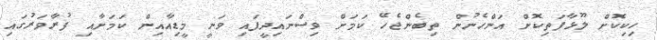
ހިކިކޮށް ލޫޅާފަތިކޮށް އަންހެނުން ތިބެންޖެހޭ ކަމަށް ވިސްނައިދީފައި ވަނީ މީޑިއާއިން ކަމަށާއި ފުރާވަރުގައި